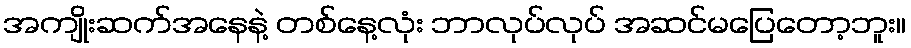
အကျိုးဆက်အနေနဲ့ တစ်နေ့လုံး ဘာလုပ်လုပ် အဆင်မပြေတော့ဘူး။